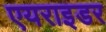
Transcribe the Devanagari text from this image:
एयराइडर